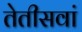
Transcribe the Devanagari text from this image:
तेतीसवां